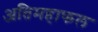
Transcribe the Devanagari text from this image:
अतिमहाफल